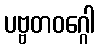
ပဗ္ဗတဝဂ္ဂေါ